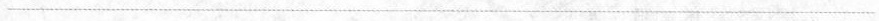
___